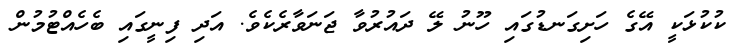
ކުކުޅަކީ އޭގެ ހަށިގަނޑުގައި ހޫނު ލޭ ދައުރުވާ ޖަނަވާރެކެވެ. އަދި ފިނީގައި ބެހެއްޓުމުން